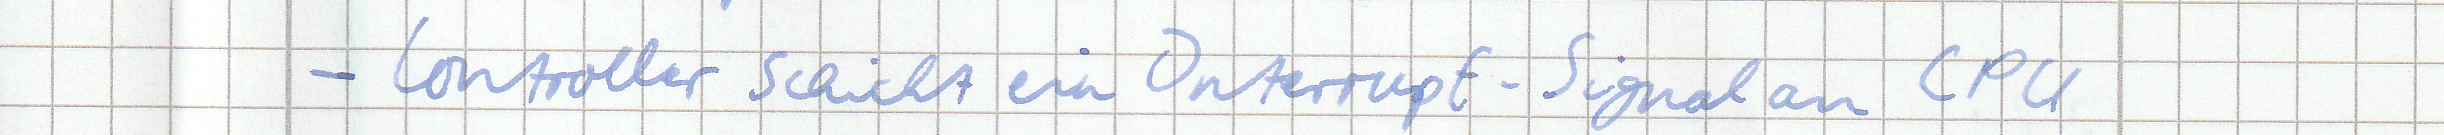
- Controller schickt ein Interrupt-Signal an CPU